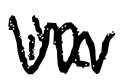
Text: in
Cross-out: zig-zag
Writing tool: digital_black